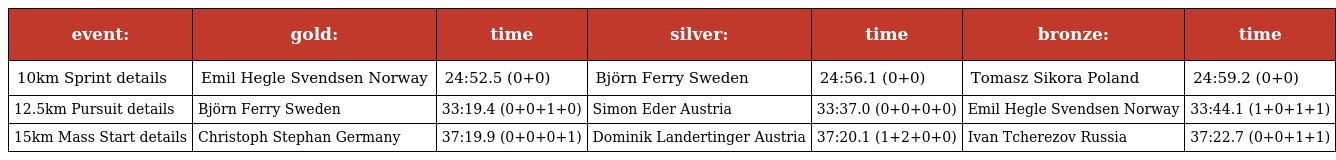
| event: | gold: | time | silver: | time | bronze: | time |
 | --- | --- | --- | --- | --- | --- | --- |
 | 10km Sprint details | Emil Hegle Svendsen Norway | 24:52.5 (0+0) | Björn Ferry Sweden | 24:56.1 (0+0) | Tomasz Sikora Poland | 24:59.2 (0+0) |
 | 12.5km Pursuit details | Björn Ferry Sweden | 33:19.4 (0+0+1+0) | Simon Eder Austria | 33:37.0 (0+0+0+0) | Emil Hegle Svendsen Norway | 33:44.1 (1+0+1+1) |
 | 15km Mass Start details | Christoph Stephan Germany | 37:19.9 (0+0+0+1) | Dominik Landertinger Austria | 37:20.1 (1+2+0+0) | Ivan Tcherezov Russia | 37:22.7 (0+0+1+1) |